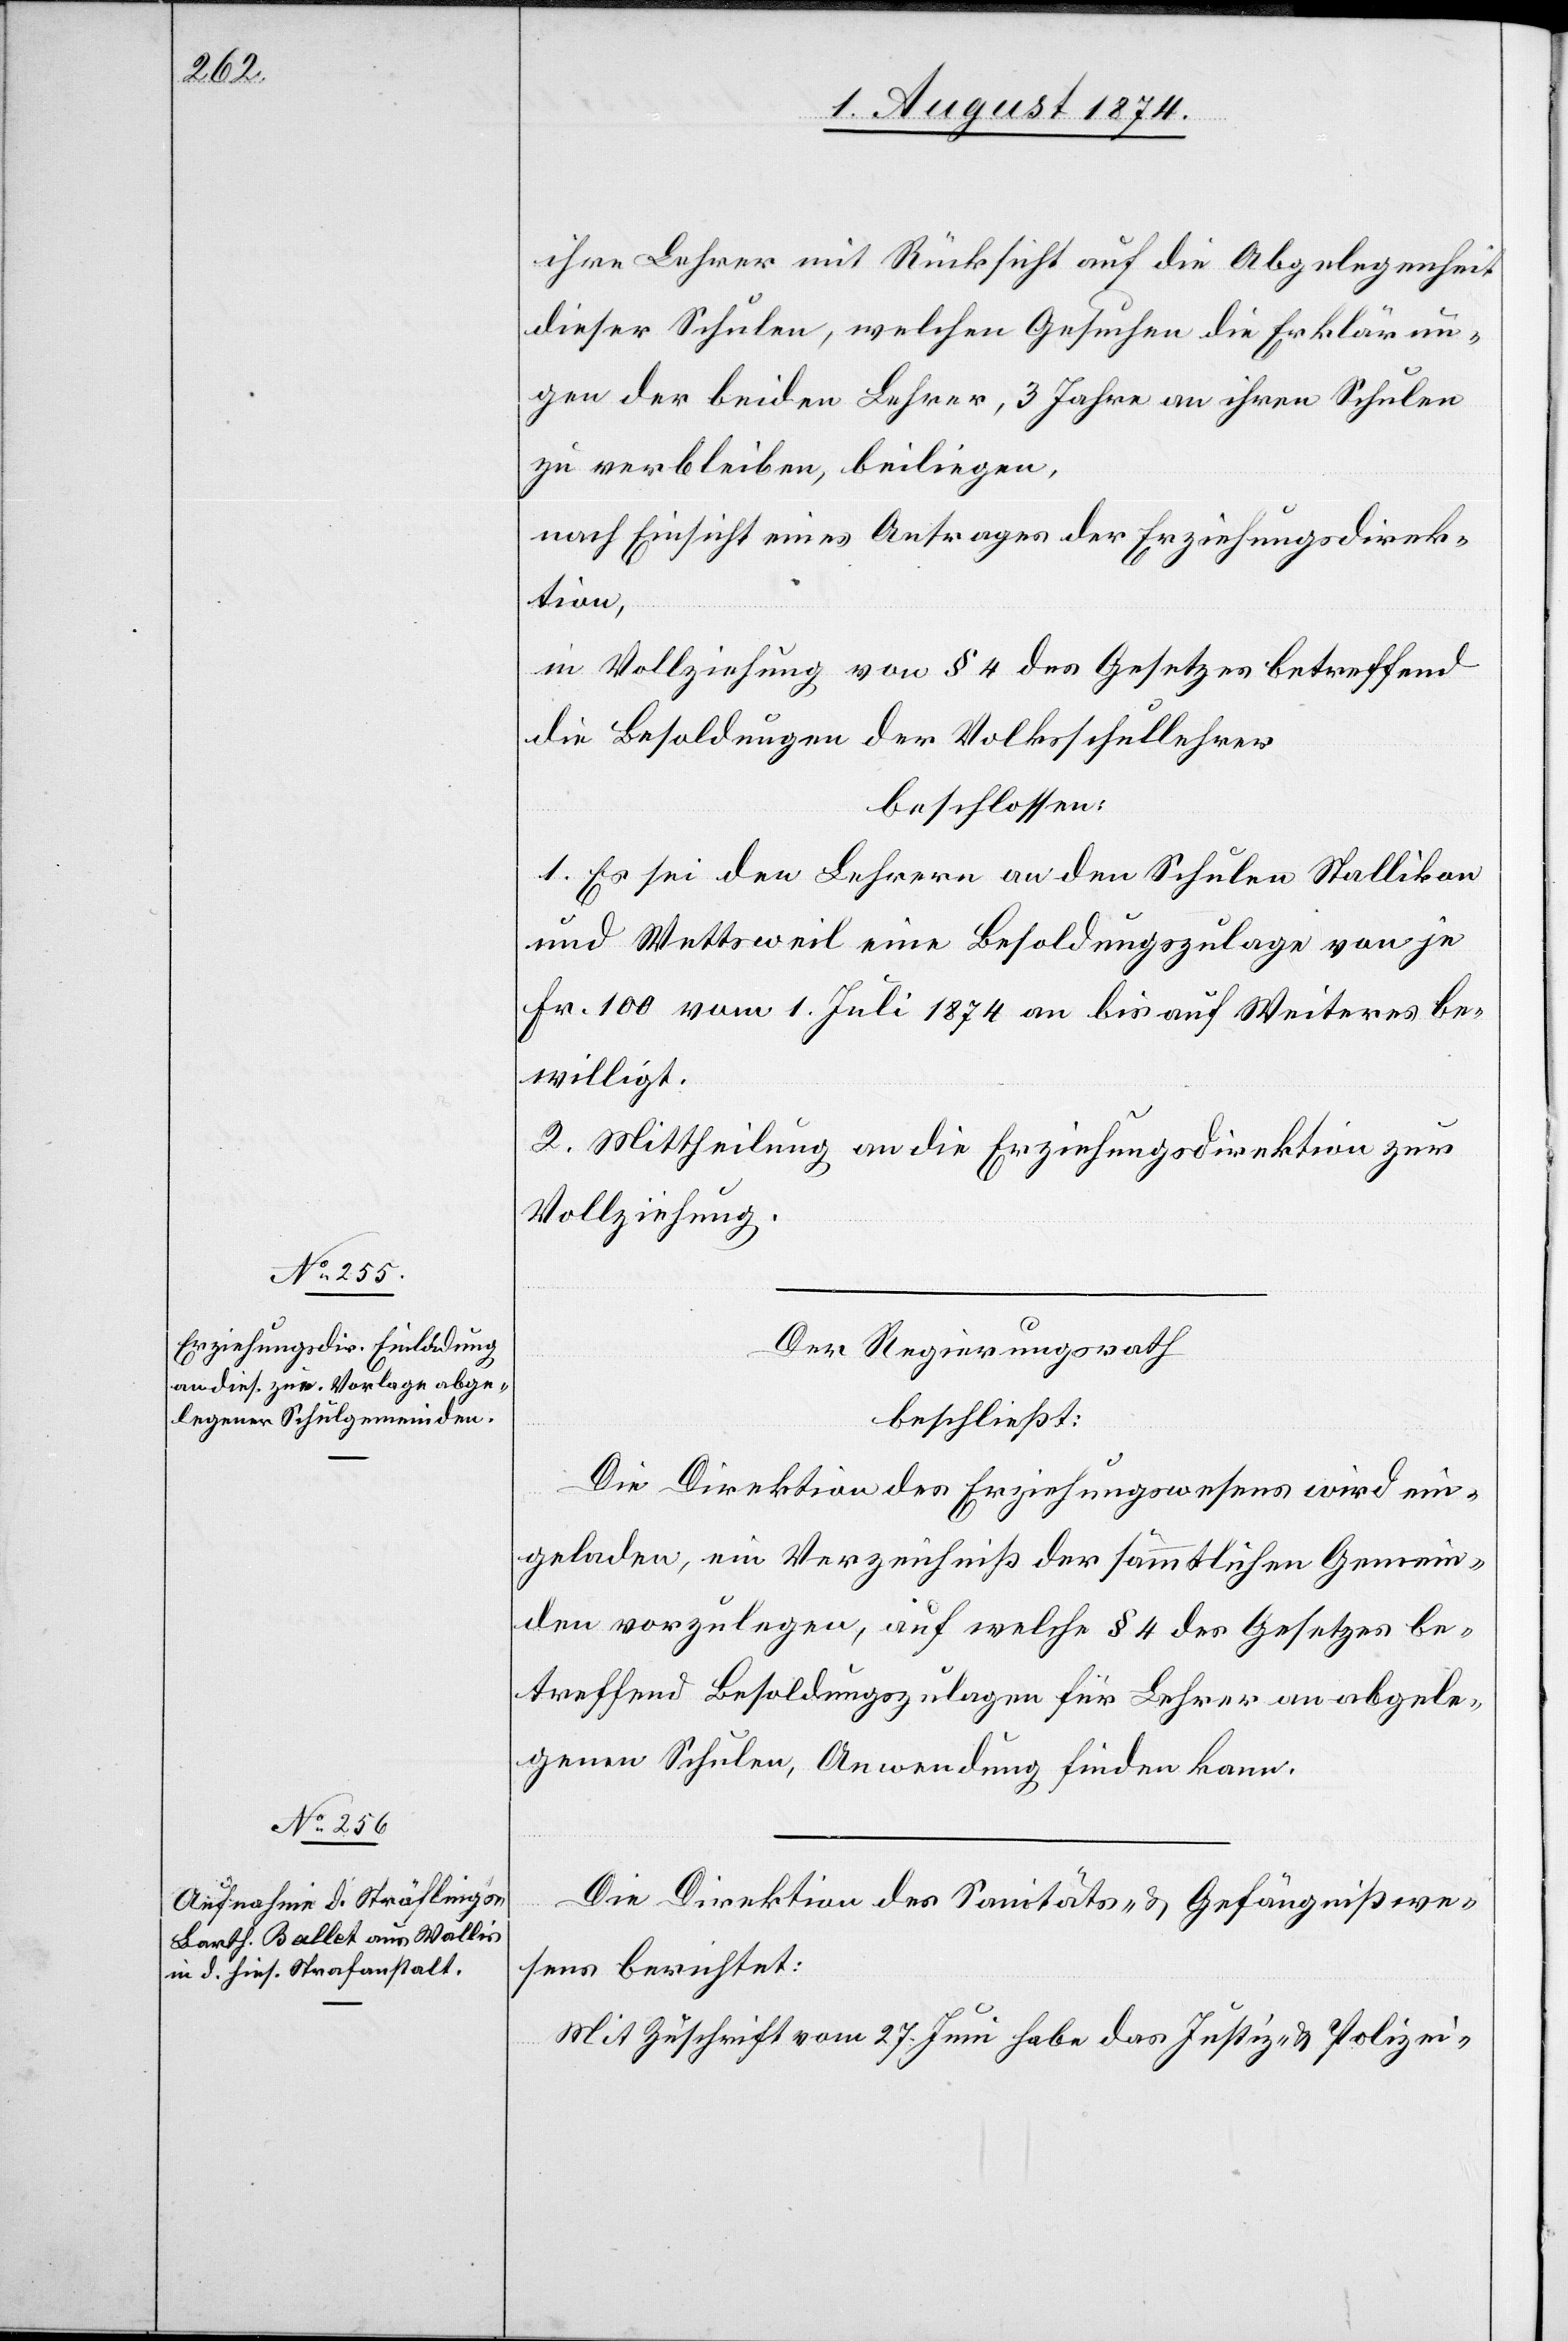
ihre Lehrer mit Rücksicht auf die Abgelegenheit
dieser Schulen, welchen Gesuchen die Erklärun¬
gen der beiden Lehrer, 3 Jahre an ihren Schulen
zu verbleiben, beiliegen,
nach Einsicht eines Antrages der Erziehungsdirek¬
tion,
in Vollziehung von § 4 des Gesetzes betreffend
die Besoldungen der Volksschullehrer
beschlossen:
1. Es sei den Lehrern an den Schulen Stallikon
und Wettsweil eine Besoldungszulage von je
Fr. 100 vom 1. Juli 1874 an bis auf Weiteres be¬
willigt.
2. Mittheilung an die Erziehungsdirektion zur
Vollziehung.
Der Regierungsrath
beschließt:
Die Direktion des Erziehungswesens wird ein¬
geladen, ein Verzeichniß der sämmtlichen Gemein¬
den vorzulegen, auf welche § 4 des Gesetzes be¬
treffend Besoldungszulagen für Lehrer an abgele¬
genen Schulen, Anwendung finden kann.
Die Direktion des Sanitäts- u. Gefängnißwe¬
sens berichtet:
Mit Zuschrift vom 27. Juni habe das Justiz- u. Polizei-